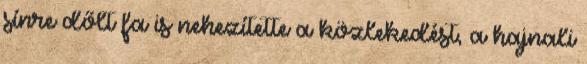
sínre dőlt fa is nehezítette a közlekedést, a hajnali